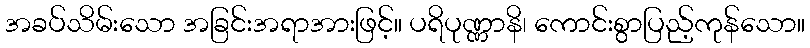
အခပ်သိမ်းသော အခြင်းအရာအားဖြင့်။ ပရိပုဏ္ဏာနိ၊ ကောင်းစွာပြည့်ကုန်သော။